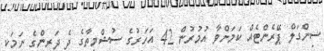
ސިންގަލް ޕޭރެންޓެއް ކަމަށްވާ އުމުރުން 42 އަހަރުގެ ސުޝްމީތާގެ ދެ ދަރިންގެ ނަމަކީ